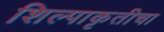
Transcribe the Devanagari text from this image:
शिल्पाकृतीचा